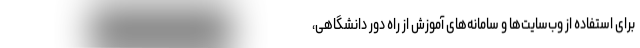
برای استفاده از وب‌سایت‌ها و سامانه‌های آموزش از راه دور دانشگاهی،